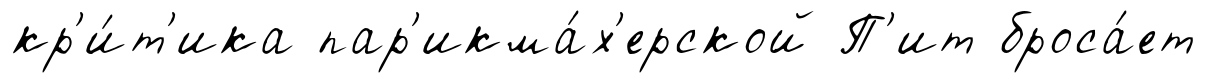
кр'и́т'ика пар'икма́х'ерской П'ит броса́ет